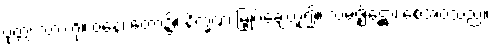
ပုတ္တံ၊ သားကို။ ဝနေ၊ တော၌။ နိက္ခဏံ၊ မြှုပ်ချေဟူ၍။ သမဇ္ဈိဋ္ဌော၊ စေအပ်သည်။